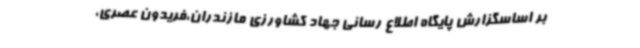
بر اساسگزارش پایگاه اطلاع رسانی جهاد کشاورزی مازندران،فریدون عصری،